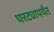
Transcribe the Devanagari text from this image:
घरट्यापर्यंत